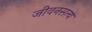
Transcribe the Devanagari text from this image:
जीवनसत्य